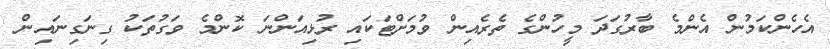
އެހެންކަމުން އެންމެ ބާރުގަދަ މީހުންގެ ތެރެއިން ވުމަށްޓަކައި ރުޅިއަންނަ ކޮންމެ ވަގުތަކު ގިނަގިނައިން